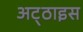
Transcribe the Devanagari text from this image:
अट्‌ठाइस